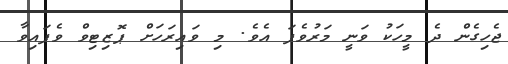
ޖެހިގެން ދެ މީހަކު ވަނީ މަރުވެފަ އެވެ. މި ވައިރަހަށް ޕޮޒިޓިވް ވެފައިވާ